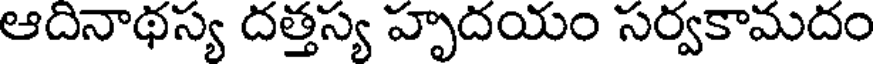
ఆదినాథస్య దత్తస్య హృదయం సర్వకామదం